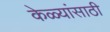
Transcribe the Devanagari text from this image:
केळ्यांसाठी